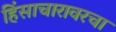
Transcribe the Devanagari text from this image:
हिंसाचारावरचा